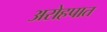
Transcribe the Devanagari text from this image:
अरोहपात